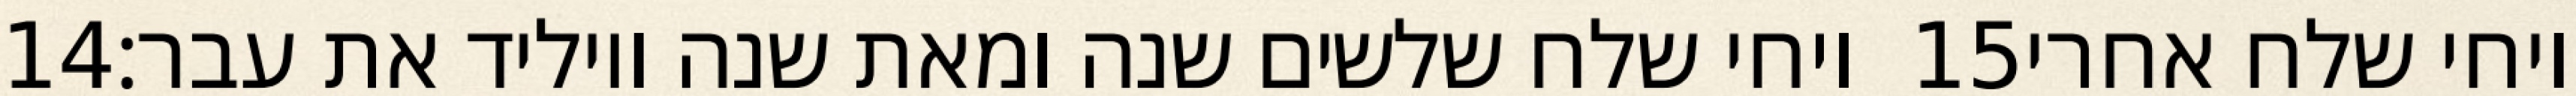
‎14‏ ויחי שלח שלשים שנה ומאת שנה ויוליד את עבר׃ ‎15‏ ויחי שלח אחרי